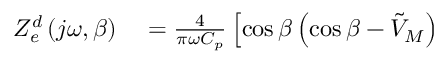
\begin{array} { r l } { { Z _ { e } ^ { d } } \left( j \omega , \beta \right) } & { { } = \frac { 4 } { \pi { \omega { C _ { p } } } } \left[ \cos \beta \left( \cos \beta - \tilde { V } _ { M } \right) \right. } \end{array}